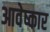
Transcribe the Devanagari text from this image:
आवेष्कार